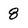
Character: 8